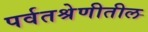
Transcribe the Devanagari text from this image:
पर्वतश्रेणीतील